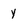
Character: y